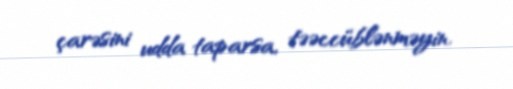
çarəsini udda taparsa, təəccüblənməyin.